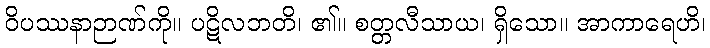
ဝိပဿနာဉာဏ်ကို။ ပဋိလဘတိ၊ ၏။ စတ္တလီသာယ၊ ရှိသော။ အာကာရေဟိ၊